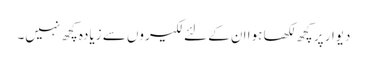
دیوار پر کچھ لکھا ہوا ان کے لئے لکیروں سے زیادہ کچھ نہیں۔